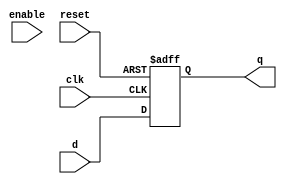
module transparent_latch (
    input wire clk,
    input wire reset,
    input wire enable,
    input wire d,
    output reg q
);

always @(posedge clk or posedge reset) begin
    if (reset) begin
        q <= 1'b0;
    end else begin
        if(enable) begin
            q <= d;
        end else begin
            q <= d;
        end
    end
end

endmodule